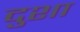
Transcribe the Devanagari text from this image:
दुशा